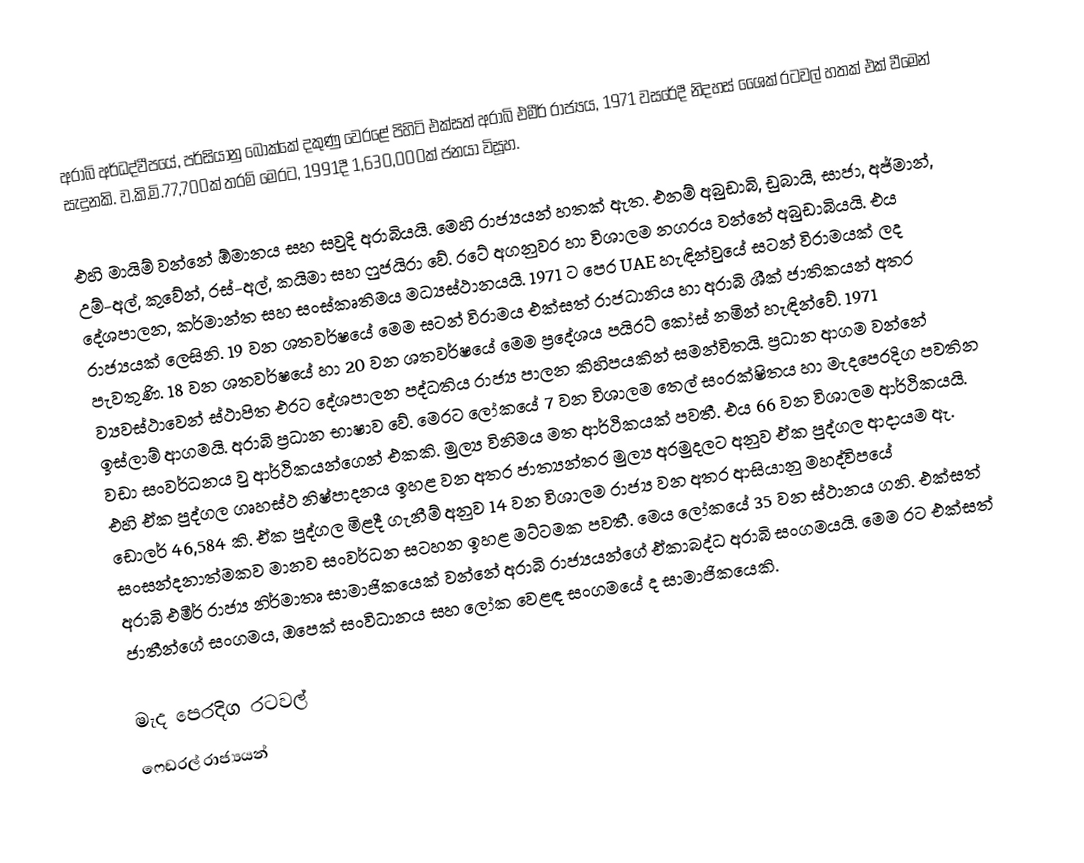
අරාබි අර්ධද්වීපයේ, පර්සියානු බොක්කේ දකුණු වෙරළේ පිහිටි එක්සත් අරාබි එමීර් රාජ්‍යය, 1971 වසරේදී නිදහස් ශෛක් රටවල් හතක් එක් වීමෙන් සැදුනකි. ව.කි.මි.77,700ක් තරම් මෙරට, 1991දී  1,630,000ක් ජනයා විසූහ.

එහි මායිම් වන්නේ ඕමානය සහ සවුදි අරාබියයි. මෙහි රාජ්‍යයන් හතක් ඇත. එනම් අබුඩාබි, ඩුබායි, සාජා, අජ්මාන්, උම්-අල්, කුවේන්, රස්-අල්, කයිමා සහ ෆුජයිරා වේ. රටේ අගනුවර හා විශාලම නගරය වන්නේ අබුඩාබියයි. එය දේශපාලන, කර්මාන්ත සහ සංස්කෘතිමය මධ්‍යස්ථානයයි. 1971 ට පෙර UAE හැඳින්වු‍යේ සටන් විරාමයක් ලද රාජ්‍යයක් ලෙසිනි. 19 වන ශතවර්ෂයේ මෙම සටන් විරාමය එක්සත් රාජධානිය හා අරාබි ශීක් ජාතිකයන් අතර පැවතුණි. 18 වන ශතවර්ෂයේ හා 20 වන ශතවර්ෂයේ මෙම ප්‍රදේශය පයිරට් කෝස් නමින් හැඳින්වේ. 1971 ව්‍යවස්ථාවෙන් ස්ථාපිත එරට දේශපාලන පද්ධතිය රාජ්‍ය පාලන කිහිපයකින් සමන්විතයි. ප්‍රධාන ආගම වන්නේ ඉස්ලාම් ආගමයි. අරාබි ප්‍රධාන භාෂාව වේ. මෙරට ලෝකයේ 7 වන විශාලම තෙල් සංරක්ෂිතය හා මැදපෙරදිග පවතින වඩා සංවර්ධනය වු ආර්ථිකයන්ගෙන් එකකි. මුල්‍ය විනිමය මත ආර්ථිකයක් පවතී. එය 66 වන විශාලම ආර්ථිකයයි. එහි ඒක පුද්ගල ගෘහස්ථ නිෂ්පාදනය ඉහළ වන අතර ජාත්‍යන්තර මුල්‍ය අරමුදලට අනුව ඒක පුද්ගල ආදායම ඇ. ‍ඩොලර් 46,584 කි. ඒක පුද්ගල මිළදී ගැනීම් අනුව 14 වන විශාලම රාජ්‍ය වන අතර ආසියානු මහද්විපයේ සංසන්දනාත්මකව මානව සංවර්ධන සටහන ඉහළ මට්ටමක පවතී. මෙය ලෝකයේ 35 වන ස්ථානය ගනි. එක්සත් අරාබි එමීර් රාජ්‍ය නිර්මාතෘ සාමාජිකයෙක් වන්නේ අරාබි රාජ්‍යයන්ගේ ඒකාබද්ධ අරාබි සංගමයයි. මෙම රට එක්සත් ජාතීන්ගේ සංගමය, ඔපෙක් සංවිධානය සහ ලෝක වෙළඳ සංගමයේ ද සාමාජිකයෙකි.

මැද පෙරදිග රටවල්
ෆෙඩරල් රාජ්‍යයන්